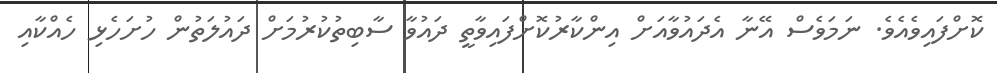
ކޮށްފައިވެއެވެ. ނަމަވެސް އޭނާ އެދައުވާއަށް އިންކާރުކޮށްފައިވާތީ ދައުވާ ސާބިތުކުރުމަށް ދައުލަތުން ހުށަހެޅި ހެއްކާއި